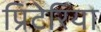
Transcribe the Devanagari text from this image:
प्रिटेरिया